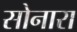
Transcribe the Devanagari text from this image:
सोनारा